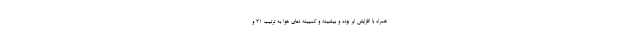
همراه با افزایش ابر بوده و بیشینه و کمیینه دمای هوا به ترتیب ۲۱ و